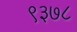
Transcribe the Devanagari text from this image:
९३७८